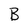
Character: B